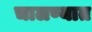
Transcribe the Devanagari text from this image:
चालण्यात